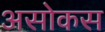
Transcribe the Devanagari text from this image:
असोकस